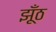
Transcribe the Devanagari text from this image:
झूँठ